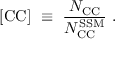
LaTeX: \mathrm { [ C C ] } ~ \equiv ~ \frac { N _ { \mathrm { C C } } } { N _ { \mathrm { C C } } ^ { \mathrm { S S M } } } ~ .